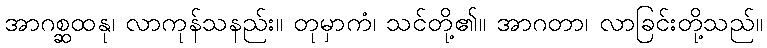
အာဂစ္ဆထနု၊ လာကုန်သနည်း။ တုမှာကံ၊ သင်တို့၏။ အာဂတာ၊ လာခြင်းတို့သည်။